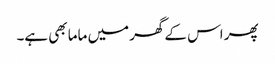
پھر اس کے گھر میں ماما بھی ہے۔